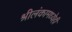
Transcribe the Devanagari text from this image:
श्रीलंकामध्येही